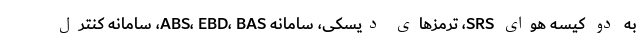
به دو کیسه هوای SRS، ترمزهای دیسکی، سامانه ABS، EBD، BAS، سامانه کنترل